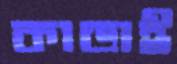
কাডাই